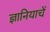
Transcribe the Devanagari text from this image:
ज्ञानियाचें